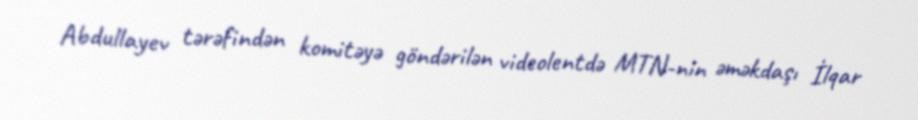
Abdullayev tərəfindən komitəyə göndərilən videolentdə MTN-nin əməkdaşı İlqar